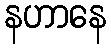
နဟာနေ